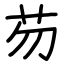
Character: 芴